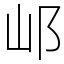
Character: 邖